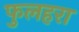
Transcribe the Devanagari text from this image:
फुलहरा